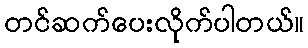
တင်ဆက်ပေးလိုက်ပါတယ်။